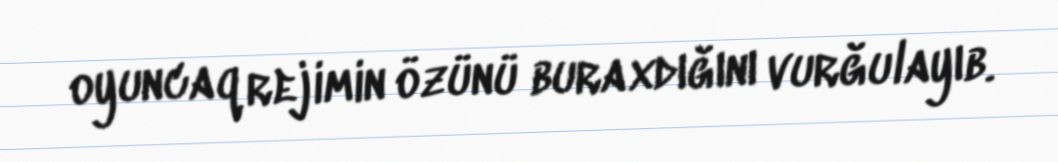
oyuncaq rejimin özünü buraxdığını vurğulayıb.